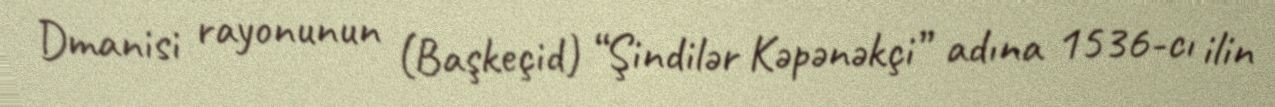
Dmanisi rayonunun (Başkeçid) “Şindilər Kəpənəkçi” adına 1536-cı ilin